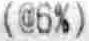
(@6%)